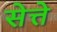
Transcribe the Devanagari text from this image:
सेत्ते